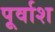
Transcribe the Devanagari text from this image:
पूर्वाश